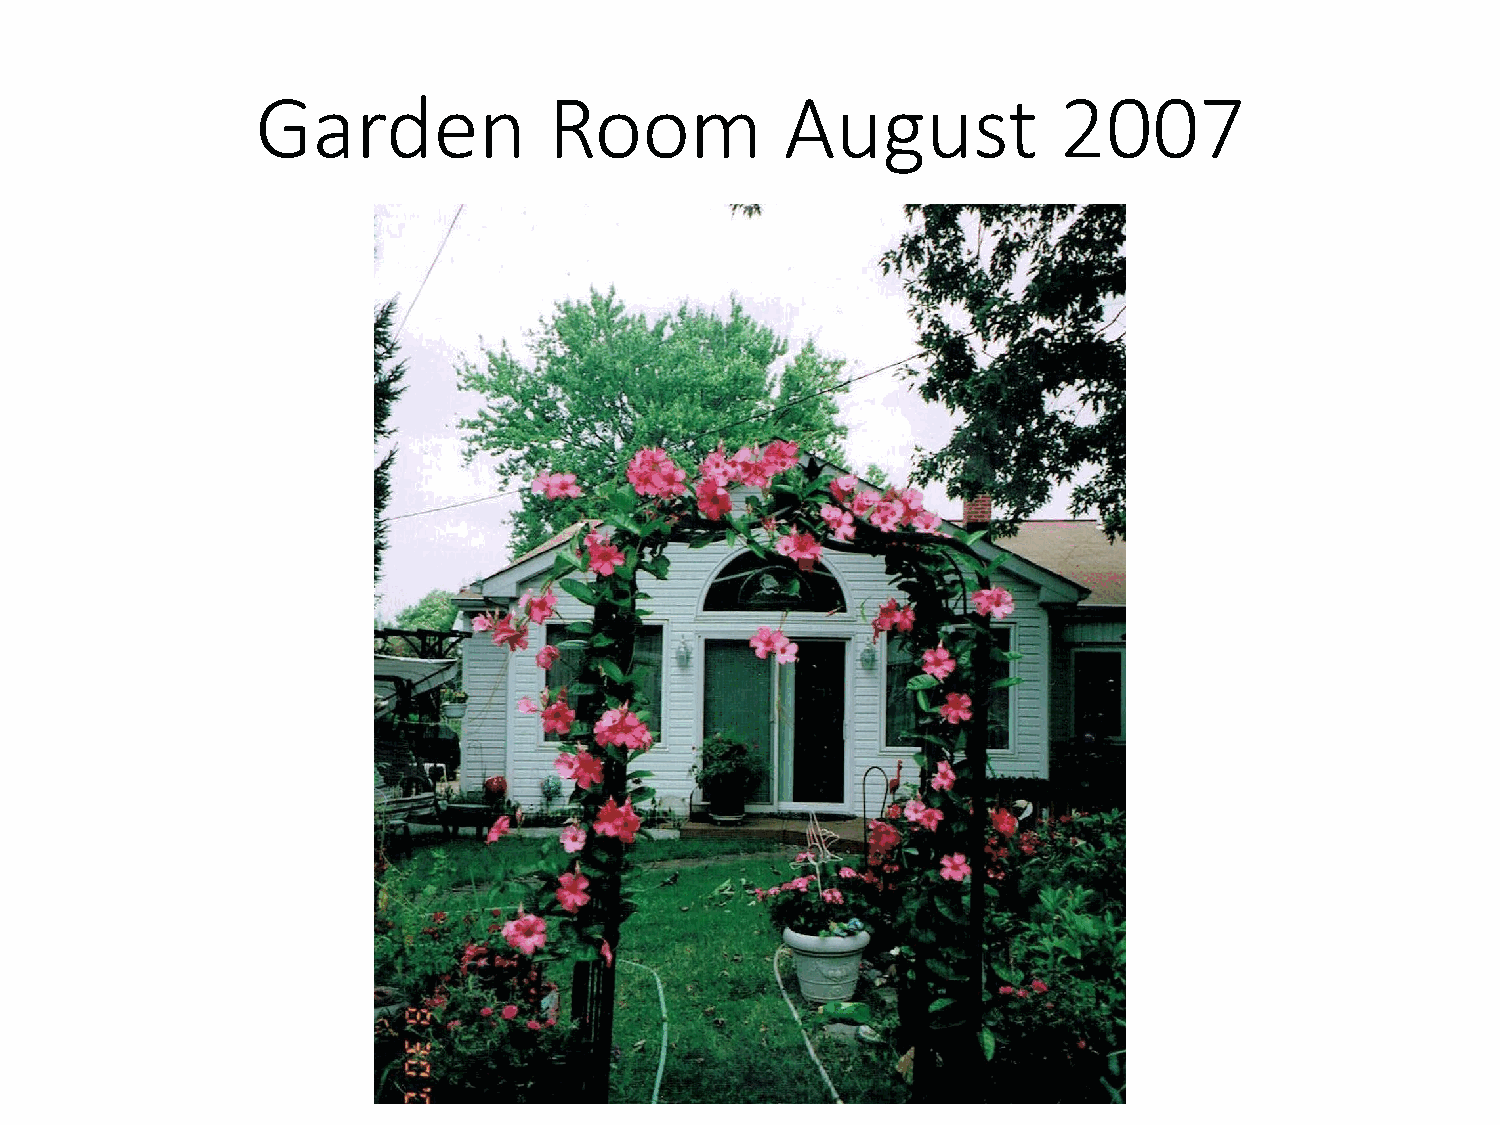
Garden             Room            August            2007